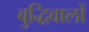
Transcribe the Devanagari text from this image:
बुद्धिवालों